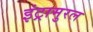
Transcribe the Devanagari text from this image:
इंट्रामुरल